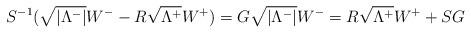
LaTeX: \begin{align*} S^{-1}(\sqrt{|\Lambda^-|}W^--R \sqrt{\Lambda^+}W^+) =G \sqrt{|\Lambda^-|}W^-=R \sqrt{\Lambda^+}W^+ + SG\end{align*}